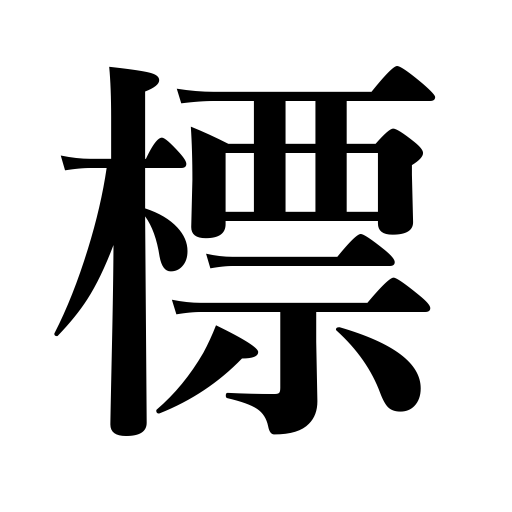
Meanings: target,signpost,designate,mark